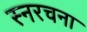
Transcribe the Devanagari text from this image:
स्नरचना